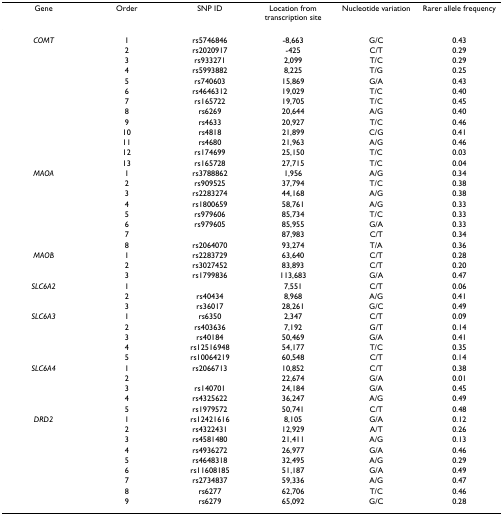
<table><thead><tr><td><b>Gene</b></td><td><b>Order</b></td><td><b>SNP ID</b></td><td><b>Location from transcription site</b></td><td><b>Nucleotide variation</b></td><td><b>Rarer allele frequency</b></td></tr></thead><tbody><tr><td><i>COMT</i></td><td>1</td><td>rs5746846</td><td>-8,663</td><td>G/C</td><td>0.43</td></tr><tr><td></td><td>2</td><td>rs2020917</td><td>-425</td><td>C/T</td><td>0.29</td></tr><tr><td></td><td>3</td><td>rs933271</td><td>2,099</td><td>T/C</td><td>0.29</td></tr><tr><td></td><td>4</td><td>rs5993882</td><td>8,225</td><td>T/G</td><td>0.25</td></tr><tr><td></td><td>5</td><td>rs740603</td><td>15,869</td><td>G/A</td><td>0.43</td></tr><tr><td></td><td>6</td><td>rs4646312</td><td>19,029</td><td>T/C</td><td>0.40</td></tr><tr><td></td><td>7</td><td>rs165722</td><td>19,705</td><td>T/C</td><td>0.45</td></tr><tr><td></td><td>8</td><td>rs6269</td><td>20,644</td><td>A/G</td><td>0.40</td></tr><tr><td></td><td>9</td><td>rs4633</td><td>20,927</td><td>T/C</td><td>0.46</td></tr><tr><td></td><td>10</td><td>rs4818</td><td>21,899</td><td>C/G</td><td>0.41</td></tr><tr><td></td><td>11</td><td>rs4680</td><td>21,963</td><td>A/G</td><td>0.46</td></tr><tr><td></td><td>12</td><td>rs174699</td><td>25,150</td><td>T/C</td><td>0.03</td></tr><tr><td></td><td>13</td><td>rs165728</td><td>27,715</td><td>T/C</td><td>0.04</td></tr><tr><td><i>MAOA</i></td><td>1</td><td>rs3788862</td><td>1,956</td><td>A/G</td><td>0.34</td></tr><tr><td></td><td>2</td><td>rs909525</td><td>37,794</td><td>T/C</td><td>0.38</td></tr><tr><td></td><td>3</td><td>rs2283274</td><td>44,168</td><td>A/G</td><td>0.38</td></tr><tr><td></td><td>4</td><td>rs1800659</td><td>58,761</td><td>A/G</td><td>0.33</td></tr><tr><td></td><td>5</td><td>rs979606</td><td>85,734</td><td>T/C</td><td>0.33</td></tr><tr><td></td><td>6</td><td>rs979605</td><td>85,955</td><td>G/A</td><td>0.33</td></tr><tr><td></td><td>7</td><td></td><td>87,983</td><td>C/T</td><td>0.34</td></tr><tr><td></td><td>8</td><td>rs2064070</td><td>93,274</td><td>T/A</td><td>0.36</td></tr><tr><td><i>MAOB</i></td><td>1</td><td>rs2283729</td><td>63,640</td><td>C/T</td><td>0.28</td></tr><tr><td></td><td>2</td><td>rs3027452</td><td>83,893</td><td>C/T</td><td>0.20</td></tr><tr><td></td><td>3</td><td>rs1799836</td><td>113,683</td><td>G/A</td><td>0.47</td></tr><tr><td><i>SLC6A2</i></td><td>1</td><td></td><td>7,551</td><td>C/T</td><td>0.06</td></tr><tr><td></td><td>2</td><td>rs40434</td><td>8,968</td><td>A/G</td><td>0.41</td></tr><tr><td></td><td>3</td><td>rs36017</td><td>28,261</td><td>G/C</td><td>0.49</td></tr><tr><td><i>SLC6A3</i></td><td>1</td><td>rs6350</td><td>2,347</td><td>C/T</td><td>0.09</td></tr><tr><td></td><td>2</td><td>rs403636</td><td>7,192</td><td>G/T</td><td>0.14</td></tr><tr><td></td><td>3</td><td>rs40184</td><td>50,469</td><td>G/A</td><td>0.41</td></tr><tr><td></td><td>4</td><td>rs12516948</td><td>54,177</td><td>T/C</td><td>0.35</td></tr><tr><td></td><td>5</td><td>rs10064219</td><td>60,548</td><td>C/T</td><td>0.14</td></tr><tr><td><i>SLC6A4</i></td><td>1</td><td>rs2066713</td><td>10,852</td><td>C/T</td><td>0.38</td></tr><tr><td></td><td>2</td><td></td><td>22,674</td><td>G/A</td><td>0.01</td></tr><tr><td></td><td>3</td><td>rs140701</td><td>24,184</td><td>G/A</td><td>0.45</td></tr><tr><td></td><td>4</td><td>rs4325622</td><td>36,247</td><td>A/G</td><td>0.49</td></tr><tr><td></td><td>5</td><td>rs1979572</td><td>50,741</td><td>C/T</td><td>0.48</td></tr><tr><td><i>DRD2</i></td><td>1</td><td>rs12421616</td><td>8,105</td><td>G/A</td><td>0.12</td></tr><tr><td></td><td>2</td><td>rs4322431</td><td>12,929</td><td>A/T</td><td>0.26</td></tr><tr><td></td><td>3</td><td>rs4581480</td><td>21,411</td><td>A/G</td><td>0.13</td></tr><tr><td></td><td>4</td><td>rs4936272</td><td>26,977</td><td>G/A</td><td>0.46</td></tr><tr><td></td><td>5</td><td>rs4648318</td><td>32,495</td><td>A/G</td><td>0.29</td></tr><tr><td></td><td>6</td><td>rs11608185</td><td>51,187</td><td>G/A</td><td>0.49</td></tr><tr><td></td><td>7</td><td>rs2734837</td><td>59,336</td><td>A/G</td><td>0.47</td></tr><tr><td></td><td>8</td><td>rs6277</td><td>62,706</td><td>T/C</td><td>0.46</td></tr><tr><td></td><td>9</td><td>rs6279</td><td>65,092</td><td>G/C</td><td>0.28</td></tr></tbody></table>